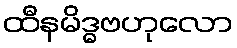
ထီနမိဒ္ဓဗဟုလော